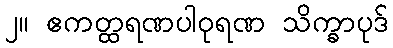
၂။ ဧကတ္ထရဏပါဝုရဏ သိက္ခာပုဒ်